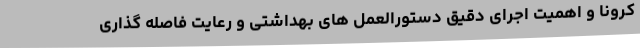
کرونا و اهمیت اجرای دقیق دستورالعمل های بهداشتی و رعایت فاصله گذاری